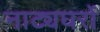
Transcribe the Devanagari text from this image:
नाट्यघरों